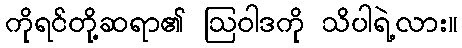
ကိုရင်တို့ဆရာ၏ ဩဝါဒကို သိပါရဲ့လား။